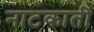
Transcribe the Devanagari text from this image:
नाटकाती